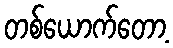
တစ်ယောက်တော့